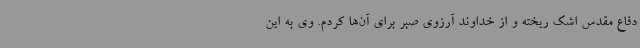
دفاع مقدس اشک ریخته و از خداوند آرزوی صبر برای آن‌ها کردم. وی به این